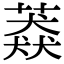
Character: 䔸